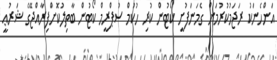
އަންހެނަކު ރަޖަމުކުރުމަށް ގެމަނަފުށީ ކޯޓުން ކުރި ހުކުމް ސުޕްރީމް ކޯޓުން ބާތިލުކޮށްފިރާއްޖޭގެ ޝަރުޢީ